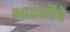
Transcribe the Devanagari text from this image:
भाडळीचे